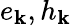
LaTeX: e_{\mathbf{k}},h_{\mathbf{k}}